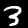
Digit: 3